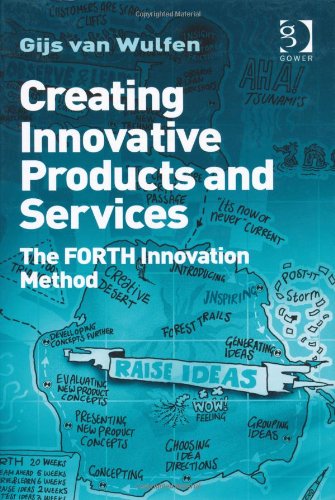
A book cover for Creating Innovative Products and Services; Gijs van Wulfen; Business & Money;